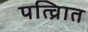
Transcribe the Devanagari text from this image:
पत्व्राित